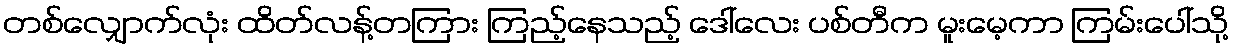
တစ်လျှောက်လုံး ထိတ်လန့်တကြား ကြည့်နေသည့် ဒေါ်လေး ပစ်တီက မူးမေ့ကာ ကြမ်းပေါ်သို့